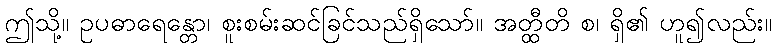
ဤသို့။ ဥပဓာရေန္တော၊ စူးစမ်းဆင်ခြင်သည်ရှိသော်။ အတ္ထီတိ စ၊ ရှိ၏ ဟူ၍လည်း။